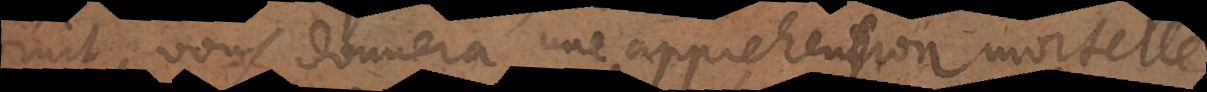
bruit, vous donnera une apprehension mortelle